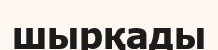
шырқады